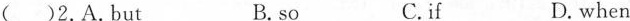
( )2.A.But B.so C.f D.when